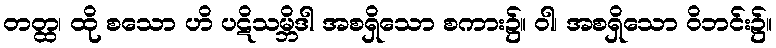
တတ္ထ၊ ထို စသော ဟိ ပဋိသမ္ဘိဒါ အစရှိသော စကား၌။ ဝါ၊ အစရှိသော ဝိဘင်း၌။